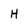
Character: H